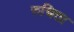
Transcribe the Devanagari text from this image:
रुचिता